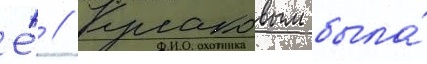
Е́ // Кулаковым была́